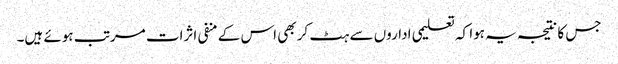
جس کا نتیجہ یہ ہوا کہ تعلیمی اداروں سے ہٹ کر بھی اس کے منفی اثرات مرتب ہوئے ہیں۔